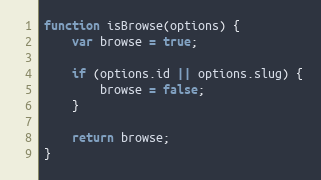
Language: JavaScript
function isBrowse(options) {
    var browse = true;

    if (options.id || options.slug) {
        browse = false;
    }

    return browse;
}